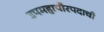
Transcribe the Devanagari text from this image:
उपमहापौरपदाची